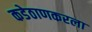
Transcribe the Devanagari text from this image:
कडेठाणकरला